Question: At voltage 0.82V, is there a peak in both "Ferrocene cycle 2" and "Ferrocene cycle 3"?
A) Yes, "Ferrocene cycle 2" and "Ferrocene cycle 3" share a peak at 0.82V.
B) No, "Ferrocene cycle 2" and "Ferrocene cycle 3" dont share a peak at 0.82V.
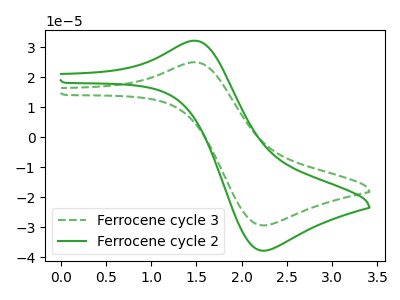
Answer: <think>The green dashed curve "Ferrocene cycle 3" has an anodic peak at (1.50V, 24.95uA) and a cathodic peak at (2.25V, -29.40uA). The green curve "Ferrocene cycle 2" has an anodic peak at (1.50V, 32.15uA) and a cathodic peak at (2.25V, -37.85uA).</think>
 <answer>B) No, "Ferrocene cycle 2" and "Ferrocene cycle 3" dont share a peak at 0.82V.</answer>
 <eval>B</eval>